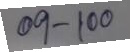
09 - 100